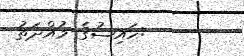
:ހައިޟުގެ މުއްދަތު